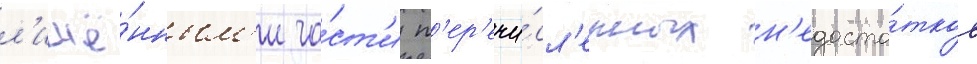
л'ишё́нным'и ча́ст'и п'ер'ечи́сл'енных н'едоста́тков